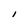
Character: I